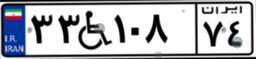
۴۹W۹۶۴۹۸